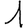
Digit: 1